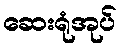
ဆေးရုံအုပ်